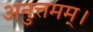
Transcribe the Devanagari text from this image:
अनुत्तमम्‌।